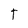
Character: T